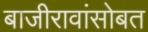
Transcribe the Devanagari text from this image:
बाजीरावांसोबत